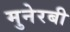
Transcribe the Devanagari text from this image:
मुनेरबी